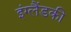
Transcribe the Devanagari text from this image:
इंग्लैंडकी